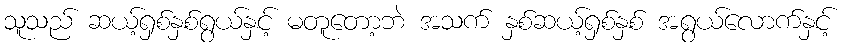
သူသည် ဆယ့်ရှစ်နှစ်ရွယ်နှင့် မတူတော့ဘဲ အသက် နှစ်ဆယ့်ရှစ်နှစ် အရွယ်လောက်နှင့်